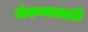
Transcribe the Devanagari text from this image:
जेवण्यासाठी